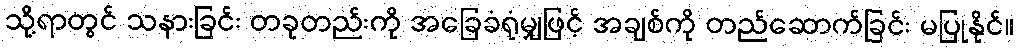
သို့ရာတွင် သနားခြင်း တခုတည်းကို အခြေခံရုံမျှဖြင့် အချစ်ကို တည်ဆောက်ခြင်း မပြုနိုင်။